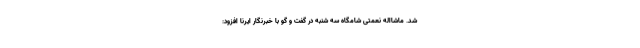
شد. ماشااله نعمتی شامگاه سه شنبه در گفت و گو با خبرنگار ایرنا افزود: